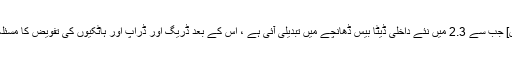
[فکس] جب سے 2.3 میں نئے داخلی ڈیٹا بیس ڈھانچے میں تبدیلی آئی ہے ، اس کے بعد ڈریگ اور ڈراپ اور ہاٹکیوں کی تفویض کا مسئلہ تھا۔